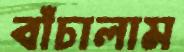
বাঁচালাম